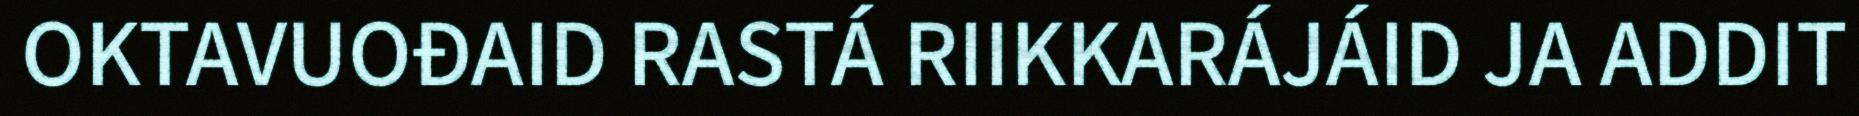
OKTAVUOĐAID RASTÁ RIIKKARÁJÁID JA ADDIT